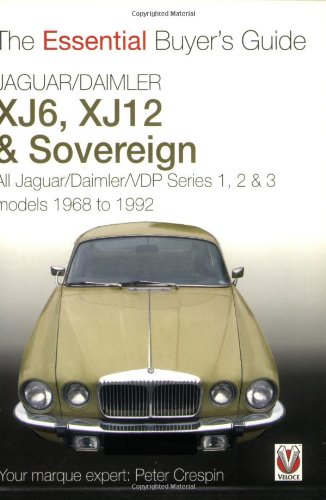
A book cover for Jaguar/Daimler XJ6, XJ12 & Sovereign: The Essential Buyer's Guide; Peter Crespin; Engineering & Transportation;